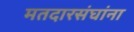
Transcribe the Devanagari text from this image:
मतदारसंघांना